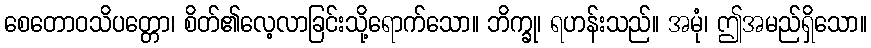
စေတောဝသိပတ္တော၊ စိတ်၏လေ့လာခြင်းသို့ရောက်သော။ ဘိက္ခု၊ ရဟန်းသည်။ အမုံ၊ ဤအမည်ရှိသော။